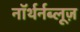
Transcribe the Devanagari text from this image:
नॉर्थर्नब्लूज़